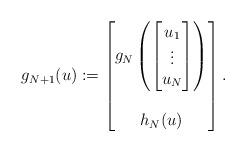
\begin{align*} g_{N+1}(u) := \begin{bmatrix} g_N \left( \begin{bmatrix} u_1 \\ \vdots \\ u_N \end{bmatrix} \right) \\ \\ h_N(u) \end{bmatrix}.\end{align*}